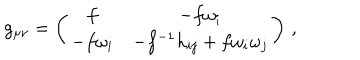
LaTeX: g _ { \mu \nu } = \left( \begin{array} { c c } { { f } } & { { - f \omega _ { i } } } \\ { { - f \omega _ { i } } } & { { - f ^ { - 1 } h _ { i j } + f \omega _ { i } \omega _ { j } } } \\ \end{array} \right) \, ,